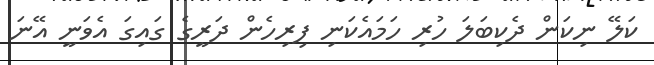
ކަލޭ ނިކަން ދެކިބަލަ ހުރި ހަމައެކަނި ފިރިހެން ދަރީގެ ގައިގަ އެވަނީ އޭނަ